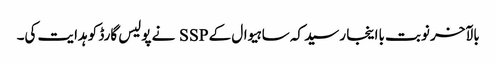
بالآخر نوبت بااینجا رسید کہ ساہیوال کے SSP نے پولیس گارڈ کو ہدایت کی۔